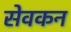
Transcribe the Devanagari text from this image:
सेवकन